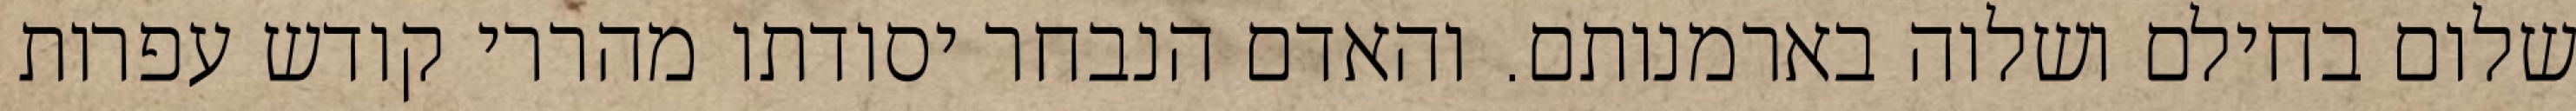
שלום בחילם ושלוה בארמנותם. והאדם הנבחר יסודתו מהררי קודש עפרות